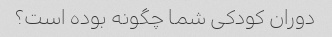
دوران کودکی شما چگونه بوده است؟